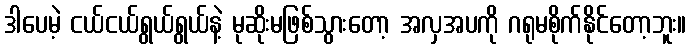
ဒါပေမဲ့ ငယ်ငယ်ရွယ်ရွယ်နဲ့ မုဆိုးမဖြစ်သွားတော့ အလှအပကို ဂရုမစိုက်နိုင်တော့ဘူး။